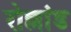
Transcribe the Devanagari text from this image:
रोल्लांड